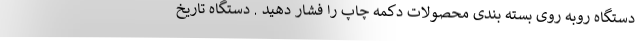
دستگاه روبه روی بسته بندی محصولات دکمه چاپ را فشار دهید . دستگاه تاریخ